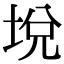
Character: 㙂